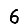
Digit: 6